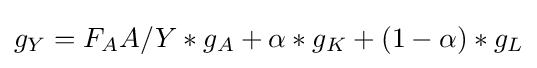
g_{Y}={F_{A}}A/{Y}*g_{A}+\alpha *g_{K}+(1-\alpha )*g_{L}